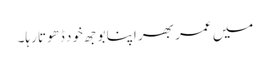
میں عمر بھر اپنا بوجھ خود ڈھوتا رہا۔